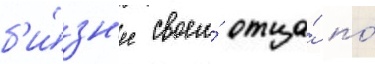
б'и́зн'ес своего́ отца́ по́